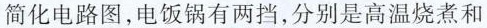
简化电路图，电饭锅有两档，分别是高温烧煮和